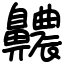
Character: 齈